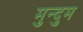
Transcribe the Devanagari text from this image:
मुन्दुम